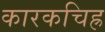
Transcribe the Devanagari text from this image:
कारकचिह्र